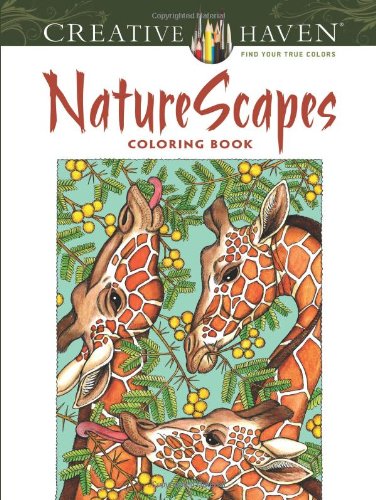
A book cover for Creative Haven NatureScapes Coloring Book (Creative Haven Coloring Books); Patricia J. Wynne; Crafts, Hobbies & Home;